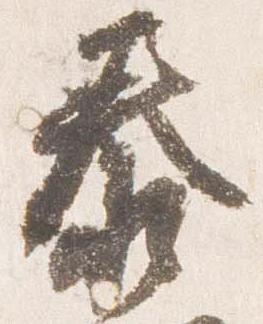
泰